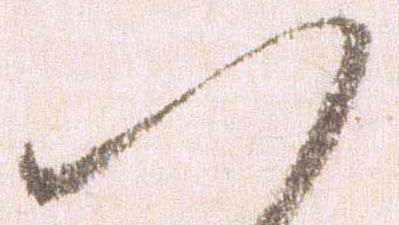
い